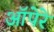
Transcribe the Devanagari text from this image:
ऑपेरे